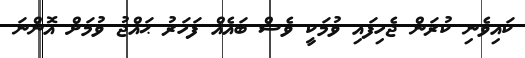
ކައިވެނި ކުރަން ޖެހިފައި ވުމަކީ ވެސް ބައެއް ފަހަރު ޙައްޖު ވުމަށް އޮންނަ